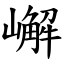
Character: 嶰